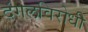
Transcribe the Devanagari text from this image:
दंगलविरोधी